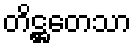
တိဋ္ဌတေသာ